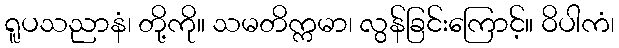
ရူပသညာနံ၊ တို့ကို။ သမတိက္ကမာ၊ လွန်ခြင်းကြောင့်။ ဝိပါကံ၊